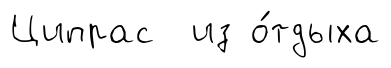
Ципрас из о́тдыха